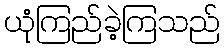
ယုံကြည်ခဲ့ကြသည်